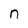
Character: n